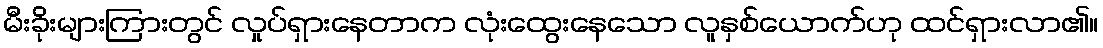
မီးခိုးများကြားတွင် လှုပ်ရှားနေတာက လုံးထွေးနေသော လူနှစ်ယောက်ဟု ထင်ရှားလာ၏။